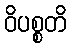
ဝိပစ္စတိ